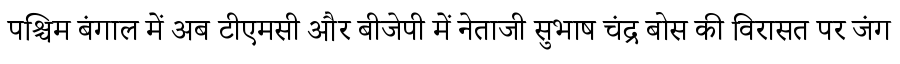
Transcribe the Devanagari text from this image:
पश्चिम बंगाल में अब टीएमसी और बीजेपी में नेताजी सुभाष चंद्र बोस की विरासत पर जंग